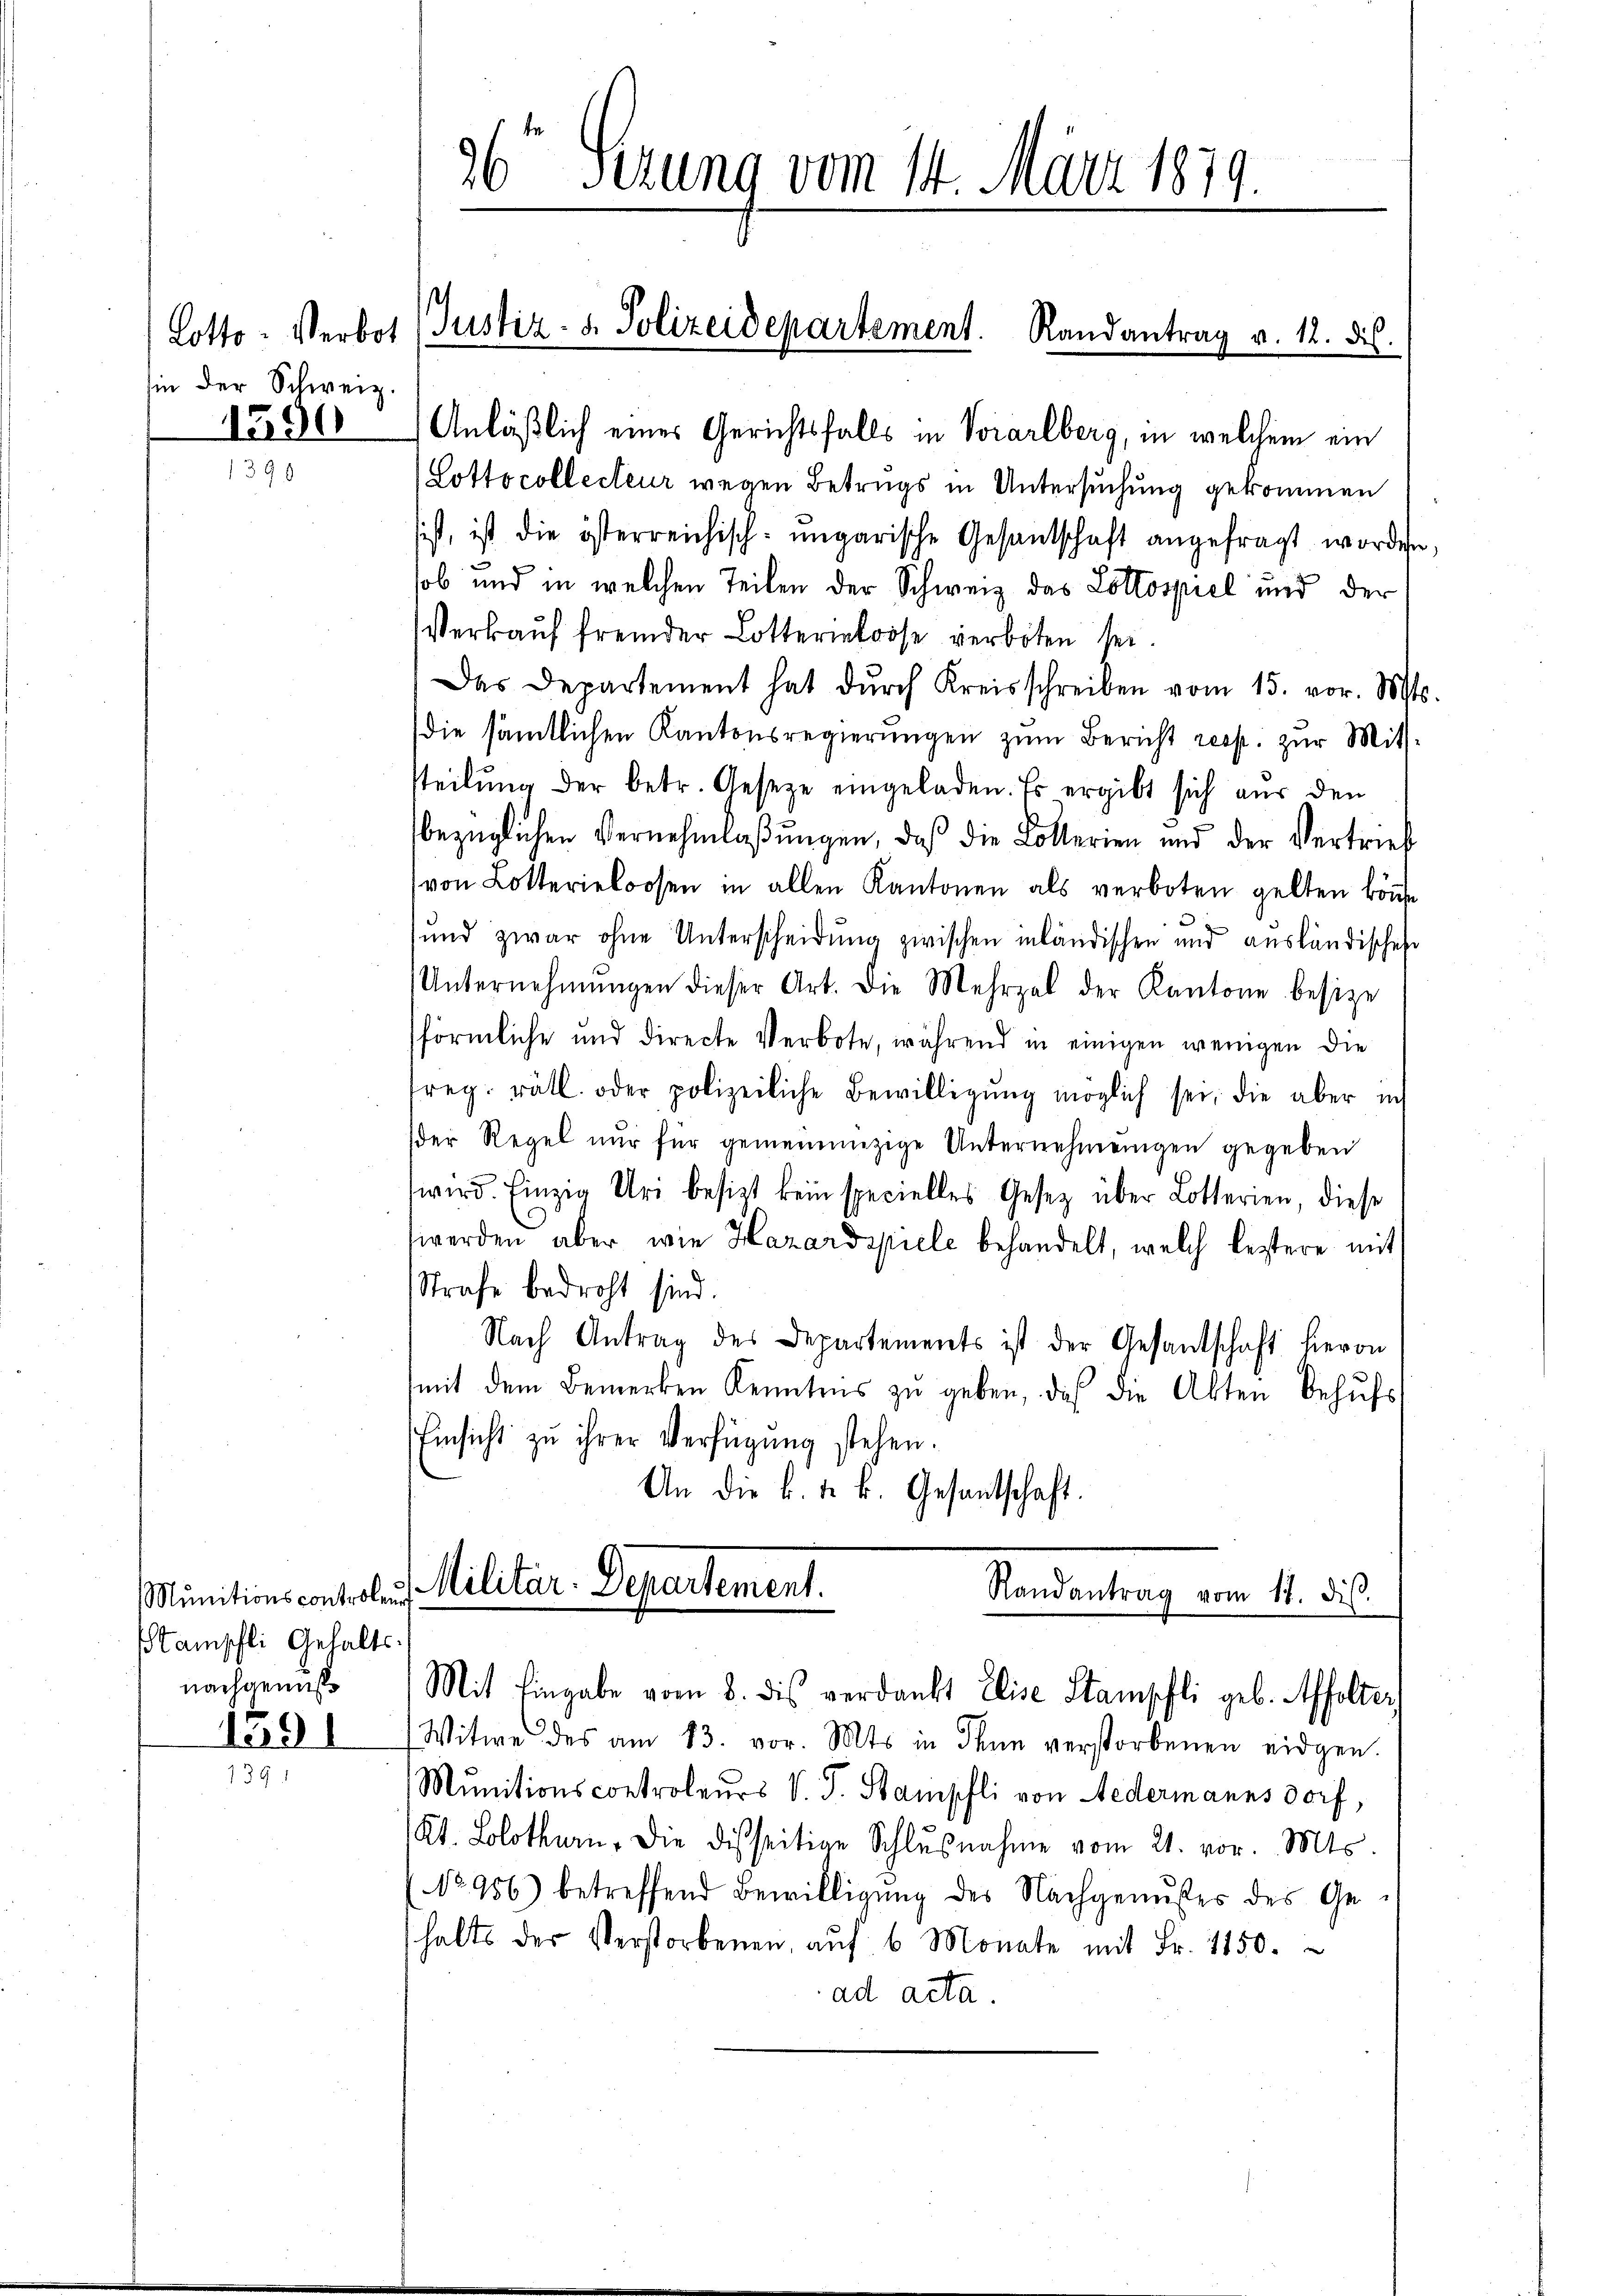
hin der Schweiz.

Munitionscontroleu
tamschli Gehaltsnachgemeß¬

1591
1391

1500 Anläßlich eines Gerichtsfalls in Vorarlberg, in welchem ein
(Lottocollecteur wegen Betrugs in Untersuchung gekommen
sist, ist die österreichisch-ungarische Gesantschaft angefragt worden,
sob und in welchen Teilen der Schweiz das Lottospiel und der
Verkaŭf fremder Lotteriekoose verboten sei.
Das Departement hat dŭrch Kreisschreiben vom 15. vor. Mts.
die sämtlichen Kantonsregierungen zum Bericht resp. zur Mitsteilŭng der betr. Gesetze eingeladen. Es ergibt sich aŭs den
bezüglichen Vernehmlaßungen, daß die Kollerien und der Vertrieb
von Lotterieloosen in allen Kantonen als verboten gelten könne
¬
sund zwar ohne Unterscheidung zwischen inländischen und ausländisches
Unternehmŭngen dieser Art. Die Mehrzal der Kantone besize
förmliche und directe Verbote, während in einigen wenigen die
freg. rätl. oder polizeiliche Bewilligŭng möglich sei, die aber in
der Regel nur für gemeinnüzige Unternehmungen gegeben
wird. Einzig Uri besizt kein specielles Gesetz über Lotterien, diese
werden aber wie Hazardspiele behandelt, welch leztere mit
Strafe bedroht sind.
Nach Antrag des Departements ist der Gesantschaft hieron
mit dem Bemerken Kenntnis zŭ geben, daß die Akten behŭfs
Einsicht zu ihrer Verfügung stehen.
An die k. k. k. Gesantschaft.
Militar-Departement.
Randantrag vom 11. dis.

96 Sezung vom 14. März 1879.

Cotto: Verbot (Justiz- u. Polizeidepartement. Randantrag v. 12. ds.

Mit Eingabe vom 8. dis verdankt Elise Stampfli geb. Affolter,

Witwe des am 13. vor. Mts. in dann verstorbenen eidgen.
Munitionscontroleurs v. J. Stampfli von Nedermannsdorf,
Kt. Solothurn, die disseitige Schlŭβnahme vom 21. vor. Mts.
No 956) betreffend Bewilligung des Nachgenußes des Gehalts des Verstorbenen, aŭf 6 Monate mit Fr. 1150.
ad acta.